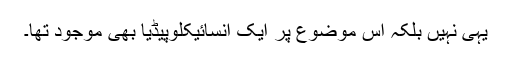
یہی نہیں بلکہ اس موضوع پر ایک انسائیکلوپیڈیا بھی موجود تھا۔